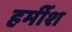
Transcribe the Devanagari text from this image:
हर्मीश